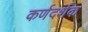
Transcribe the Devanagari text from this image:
कर्णदर्शक